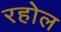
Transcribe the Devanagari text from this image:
रहोल